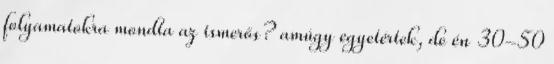
folyamatokra mondta az ismerős? amúgy egyetértek, de én 30-50